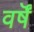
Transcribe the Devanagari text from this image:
वर्षॆं